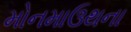
મોનમાઉથના